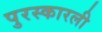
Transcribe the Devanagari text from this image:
पुरस्कारली